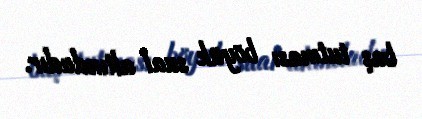
baş tutması böyük sual altındadır.